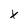
Character: X